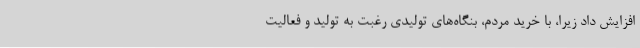
افزایش داد زیرا، با خرید مردم، بنگاه‌های تولیدی رغبت به تولید و فعالیت